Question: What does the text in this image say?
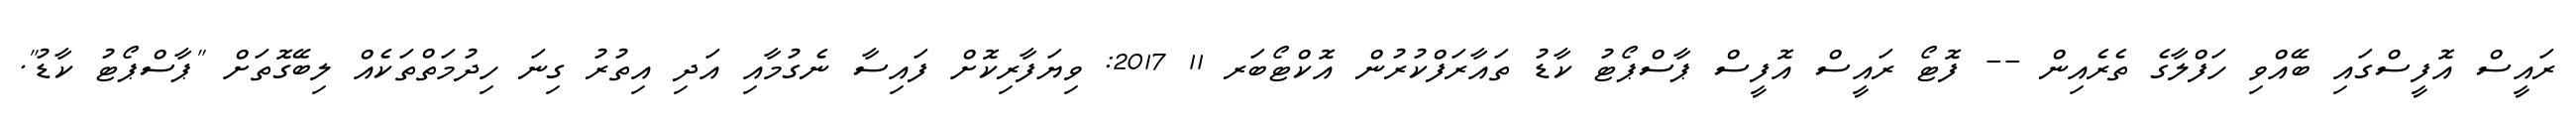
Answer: ރައީސް އޮފީސްގައި ބޭއްވި ހަފްލާގެ ތެރެއިން -- ފޮޓޯ ރައީސް އޮފީސް ޕާސްޕޯޓު ކާޑު ތައާރަފްކުރުން އޮކްޓޯބަރ 11 2017: ވިޔަފާރިކޮށް ފައިސާ ނެގުމާއި އަދި އިތުރު ގިނަ ހިދުމަތްތަކެއް ލިބޭގޮތަށް "ޕާސްޕޯޓު ކާޑު".